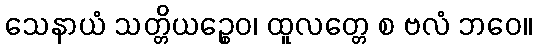
သေနာယံ သတ္တိယဉ္စေဝ၊ ထူလတ္တေ စ ဗလံ ဘဝေ။